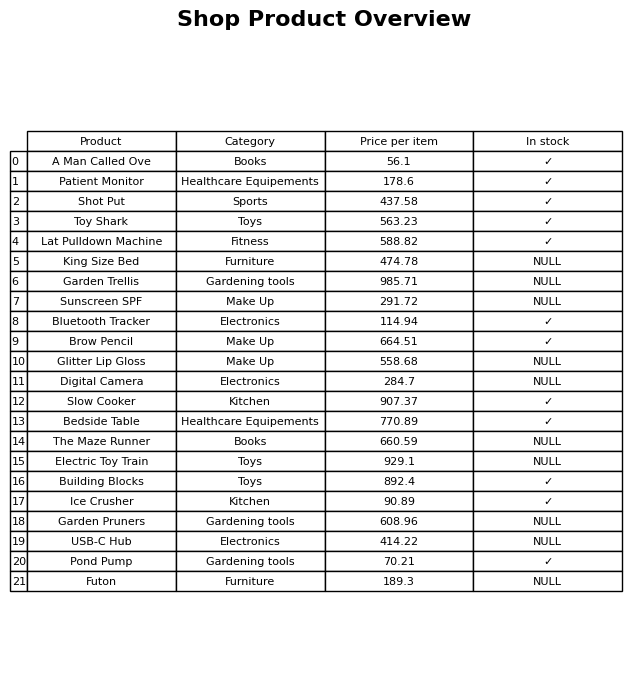
question: What is the price for Glitter Lip Gloss?
answer: The price of Glitter Lip Gloss is 558.68.